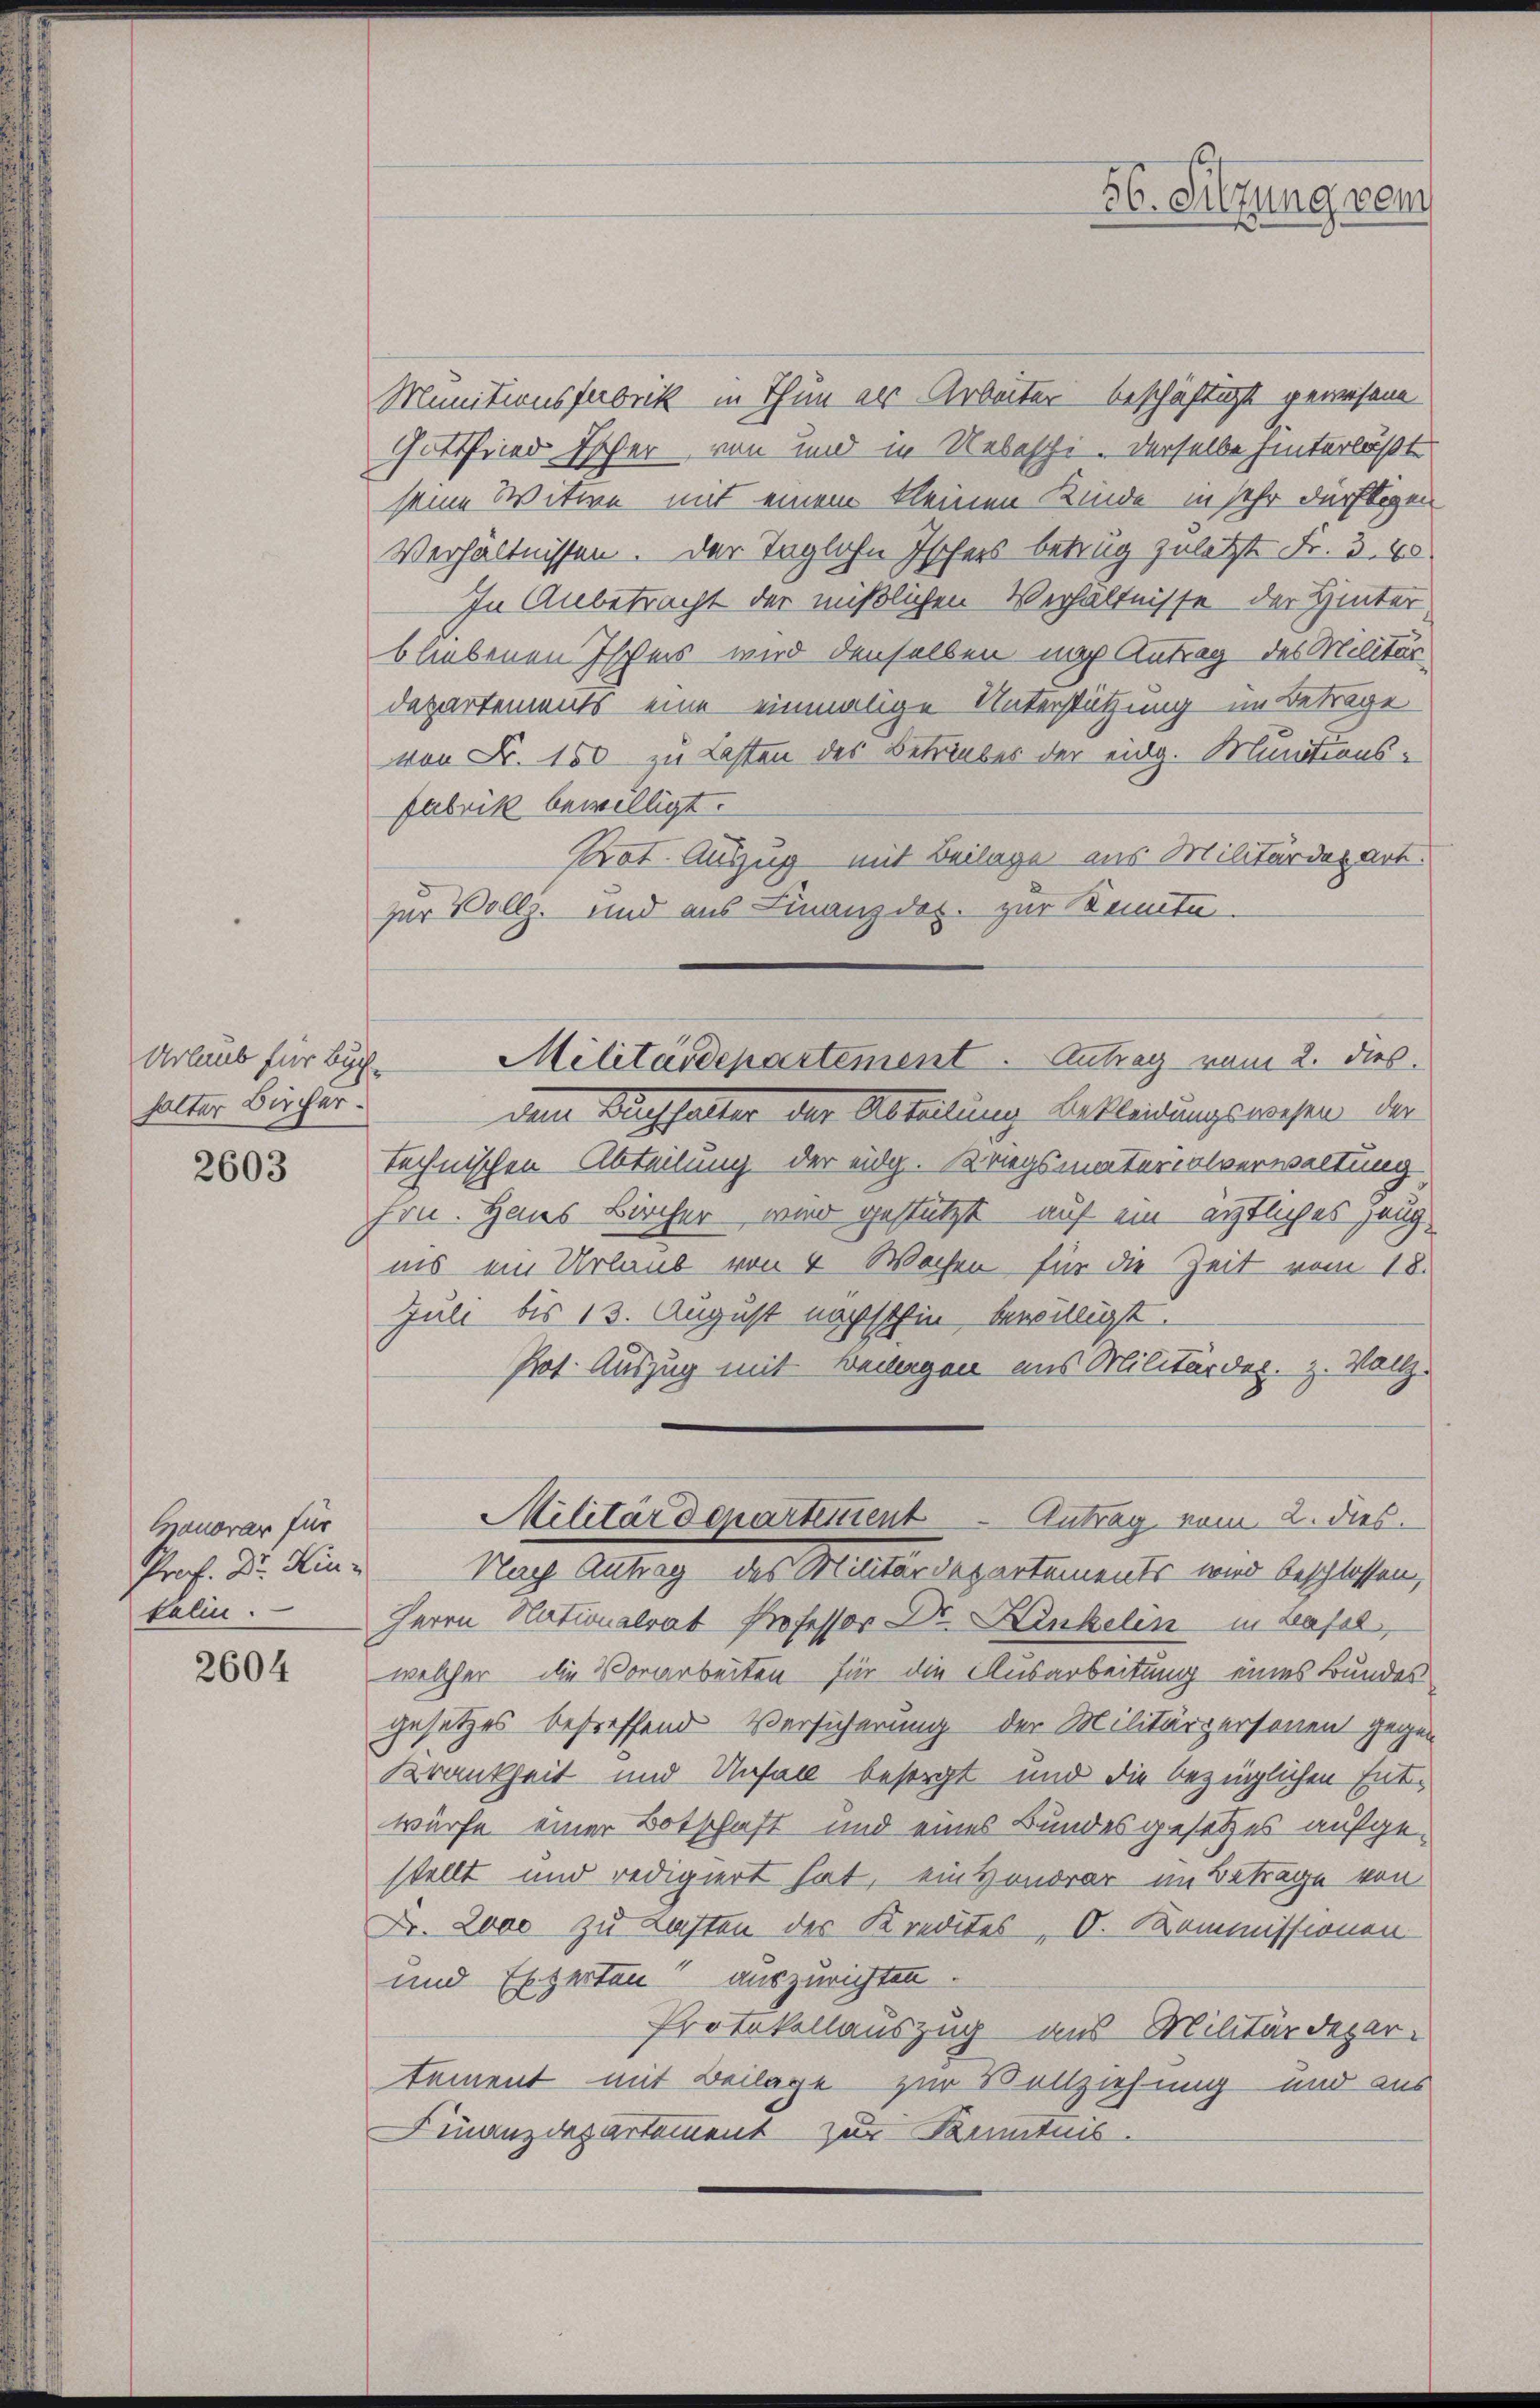
halter Bircher.

2603

Manorar für
Felin.

2604

Munitionsfabrik in Thun er Arbeiter beschäftigt gewesene
Gottfried Escher von und in Uebeschi. Derselbe hinterläßt
seine Witwe mit einem kleinen Kinde in sehr dürftigen
Verhältnissen. Der Taglohn Ischers betrug zuletzt Fr. 3. 40
In Anbetracht der mißlichen Verhältnisse der Hinter
bliebenen Ischers wird denselben nach Antrag des Militärdepartements eine einmalige Unterstützung im Beträge
von Fr. 150 zu Lasten des Betriebes der eidg. Munitions¬
Fabrik bewilligt.
Prot. Auszug mit Beilage aus Militärdepart.
zur Vollz. und aus Finanzdes. zur Kennte.
dem Buchfaller der Abteilung bekleidungsweisen der
technischen Abteilung der eidg. Kriegsmaterialverwaltung
frn. Hannes Bircher wird gestützt auf ein ärztliches Zeugins ein Urlaub von 4 Wochen für die Zeit vom 18.
Juli bis 13. August nächsthin bewilligt.
Pot. Auszug mit Bewegen aus Militärder. Z. Vollz
Militärdepartitient Antrag vom 2. dies
Prof. Dr. Hin- Nach Antrag des Militärdepartements wird beschlossen,
Herrn Nationalrat Professor Dr. Kinkelin in Basel,
welcher die Vorarbeiten für die Ausarbeitung eines Bundes
gesetzes betreffend Versicherung der Militärpersonen gegen
Krankheit und Unfall besorgt und die bezüglichen Entwürfe einer Botschaft und eines Bundesgesetzes aufgestellt und redigiert hat, ein Honorar im Beträge von
Fr. 2000 zu Lasten des Kredites O. Kommissionen
und Experten auszurichten.
Protokollauszug aus Militärdepartement mit Beilage zur Vollziehung und aus
Finanzdepartement zur Kenntnis.

Urlaub für Buch. Militärdepartement. Antrag vom 2. dies

56. Silzung vom